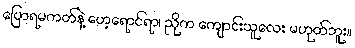
ပြောရမကတ်နဲ့ ဟေ့ရောင်ရာ၊ ညိုက ကျောင်းသူလေး မဟုတ်ဘူး။